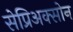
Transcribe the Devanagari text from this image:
सेप्रिअक्सोन